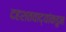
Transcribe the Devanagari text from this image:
दहशतवाद्यांकडुन